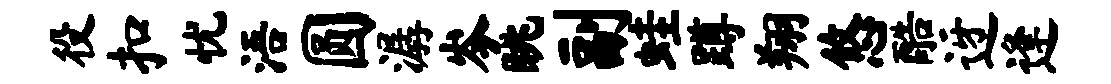
役扣忧浯圆潺岑眺副蛙蹲翔悠酷迓逢